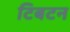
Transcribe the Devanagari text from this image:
टिबटन